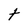
Character: t